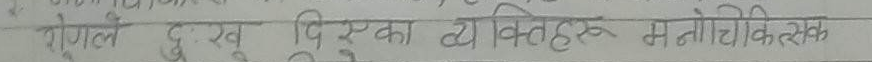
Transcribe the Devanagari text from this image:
रोगले दुःख भएका व्यक्तिहरू मनोचिकित्सक